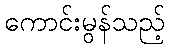
ကောင်းမွန်သည့်